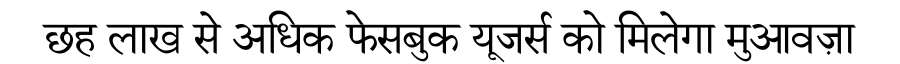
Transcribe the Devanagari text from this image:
छह लाख से अधिक फेसबुक यूजर्स को मिलेगा मुआवज़ा